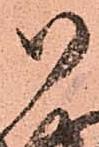
御